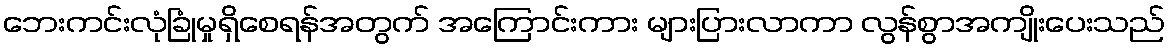
ဘေးကင်းလုံခြုံမှုရှိစေရန်အတွက် အကြောင်းကား များပြားလာကာ လွန်စွာအကျိုးပေးသည်